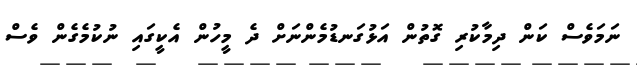
ނަމަވެސް ކަން ދިމާކުރި ގޮތުން އަޅުގަނޑުމެންނަށް ދެ މީހުން އެކީގައި ނުކުމެގެން ވެސް